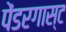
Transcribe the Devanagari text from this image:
पेंडरगास्ट